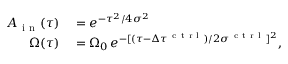
\begin{array} { r l } { A _ { \mathrm { ~ i ~ n ~ } } ( \tau ) } & { { } = e ^ { - \tau ^ { 2 } / 4 \sigma ^ { 2 } } } \\ { \Omega ( \tau ) } & { { } = \Omega _ { 0 } \, e ^ { - [ ( \tau - \Delta \tau ^ { \mathrm { ~ c ~ t ~ r ~ l ~ } } ) / 2 \sigma ^ { \mathrm { ~ c ~ t ~ r ~ l ~ } } ] ^ { 2 } } , } \end{array}